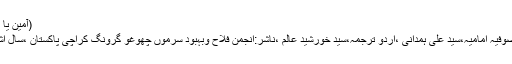
(آمین یا رب العالمین)
1.	دعوت صوفیہ امامیہ،سید علی ہمدانی ،اردو ترجمہ،سید خورشید عالم ،ناشر:انجمن فلاح وبہبود سرموں چھوغو گرونگ کراچی پاکستان ،سال اشاعت ٢٠٠٩۔